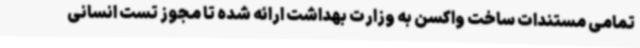
تمامی مستندات ساخت واکسن به وزارت بهداشت ارائه شده تا مجوز تست انسانی